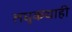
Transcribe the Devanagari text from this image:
लघुकथाही